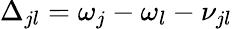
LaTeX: \Delta_{jl}=\omega_{j}-\omega_{l}-\nu_{jl}